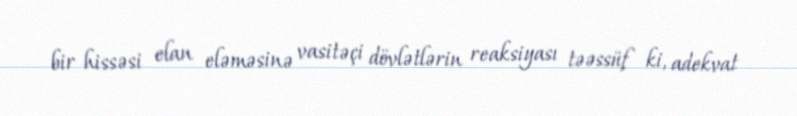
bir hissəsi elan eləməsinə vasitəçi dövlətlərin reaksiyası təəssüf ki, adekvat